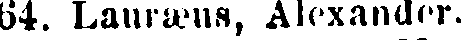
64. Lauræus, Alexander.